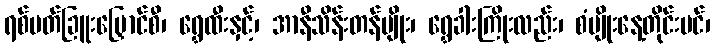
ရစ်ပတ်ခြူးမြှောင်စီ၊ ရွှေထီးနှင့်၊ အာနီသိန်းတန်မျိုး၊ ရွှေခါးကြိုးလည်း၊ စံမျိုးနေ့တိုင်းပင်၊